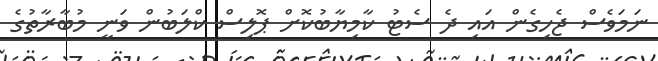
ނަމަވެސް ޖެހިގެން އައި ދެ ސެޓު ކާމިޔާބުކޮށް ޕޮލިސް ކްލަބުން ވަނީ މުބާރާތުގެ